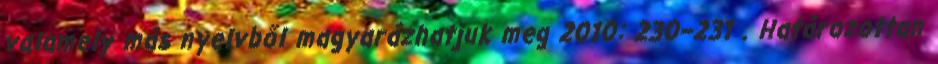
valamely más nyelvből magyarázhatjuk meg 2010: 230–231 . Határozottan